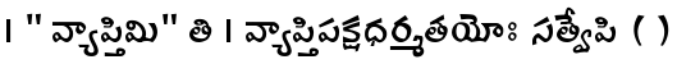
। " వ్యాప్తిమి" తి । వ్యాప్తిపక్షధర్మతయోః సత్వేపి ( )